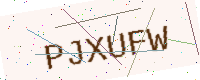
Text: PJXUFW